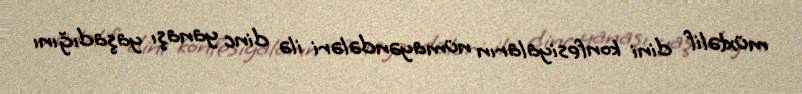
müxtəlif dini konfesiyaların nümayəndələri ilə dinc yanaşı yaşadığını